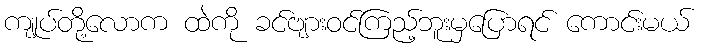
ကျုပ်တို့လောက ထဲကို ခင်ဗျားဝင်ကြည့်ဘူးမှပြောရင် ကောင်းမယ်